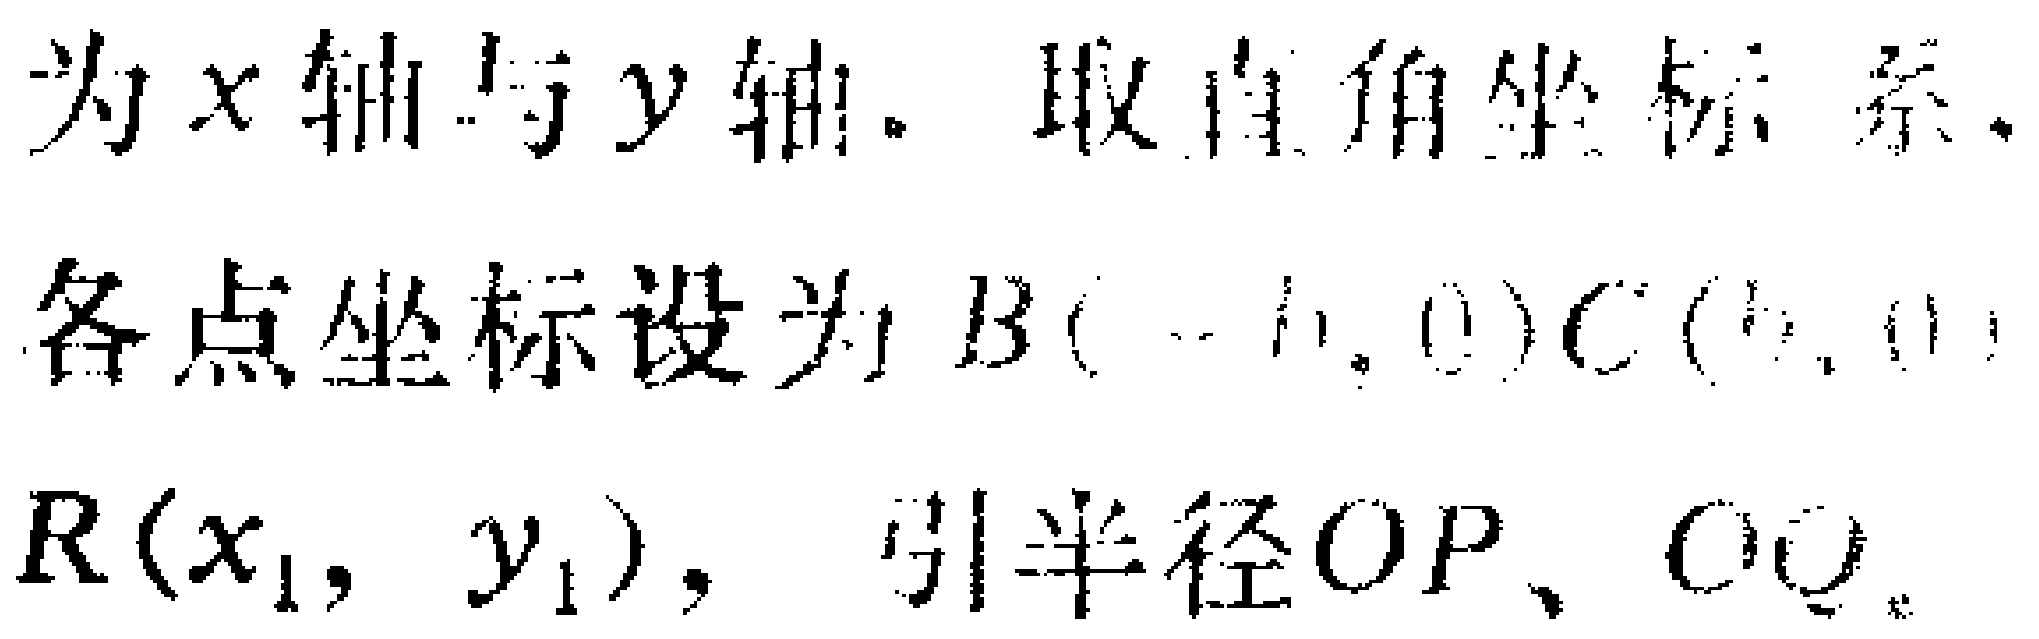
为\(x\)轴与\(y\)轴，取直角坐标系，

各点坐标设为\(B(-1,0)\) \(C(1,0)\)

\(R(x_{1},y_{1})\)，引半径\(OP\)、\(OQ\)。